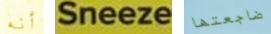
أنه Sneeze ضاجعتها